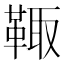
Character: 𩋄